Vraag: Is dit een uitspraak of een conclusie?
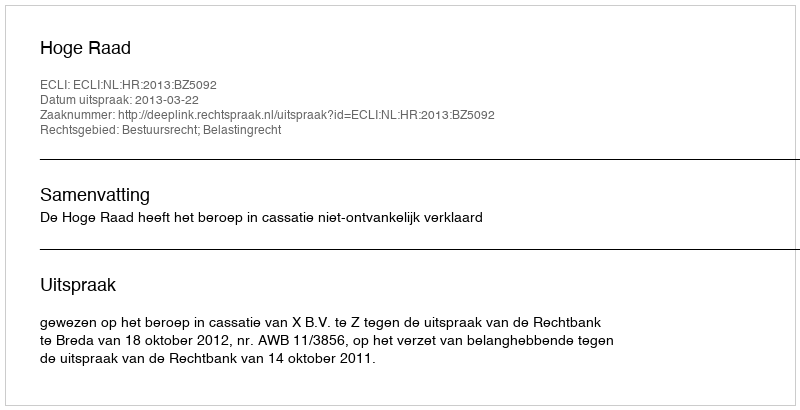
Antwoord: Uitspraak